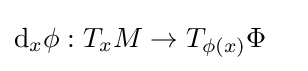
\mathrm {d} _{x}\phi :T_{x}M\to T_{\phi (x)}\Phi \quad